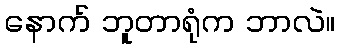
နောက် ဘူတာရုံက ဘာလဲ။